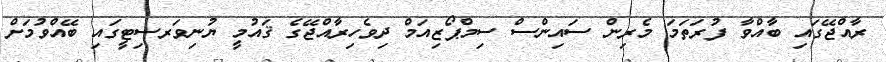
ރާއްޖޭގައި ބާއްވާ ފުރަތަމަ މެރިން ސައިންސް ސިމްޕޯޒިއަމް ދިވެހިރާއްޖޭގެ ޤައުމީ ޔުނިވަރސިޓީގައި ބޭއްވުމަށް